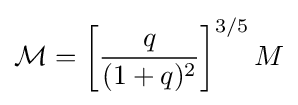
{\mathcal {M}}=\left[{\frac {q}{(1+q)^{2}}}\right]^{3/5}M